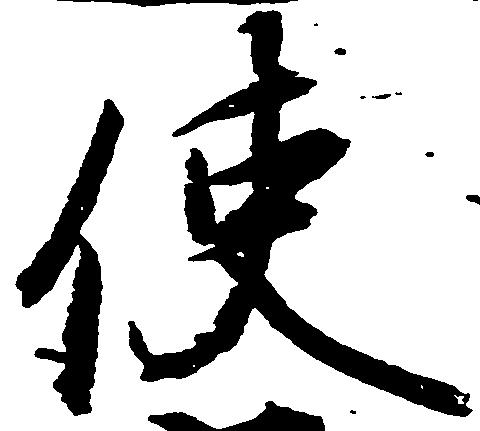
使